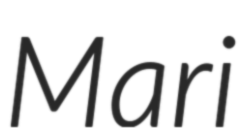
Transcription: Mari